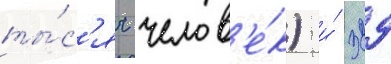
ты́с'яч челов'е́к) и́ 329